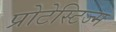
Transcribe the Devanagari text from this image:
प्रोटेस्टिज्म